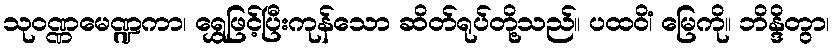
သုဝဏ္ဏမေဏ္ဍကာ၊ ရွှေဖြင့်ပြီးကုန်သော ဆိတ်ရုပ်တို့သည်။ ပထဝိံ၊ မြေကို။ ဘိန္ဒိတွာ၊